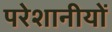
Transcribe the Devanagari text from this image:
परेशानीयों